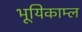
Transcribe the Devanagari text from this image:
भूयिकाम्ल